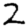
Digit: 2